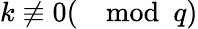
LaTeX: k\not\equiv 0(\mod q)